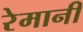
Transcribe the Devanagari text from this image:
रेमानी